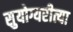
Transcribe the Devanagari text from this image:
सुयोग्यरीत्या